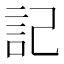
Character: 記